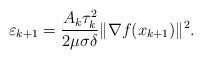
LaTeX: \begin{align*}\varepsilon_{k+1} = \frac{ A_k\tau_{k}^2}{2\mu\sigma\delta} \|\nabla f(x_{k+1})\|^{2}.\end{align*}